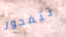
تتمحور